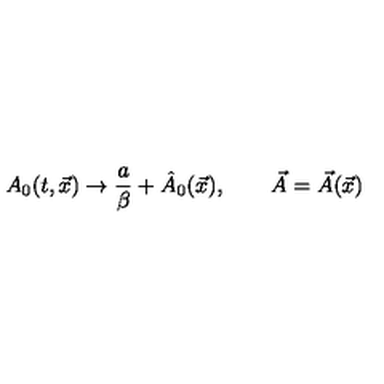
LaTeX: A _ { 0 } ( t , \vec { x } ) \rightarrow { \frac { a } { \beta } } + \hat { A } _ { 0 } ( \vec { x } ) , \qquad \vec { A } = \vec { A } ( \vec { x } )